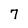
Character: 7